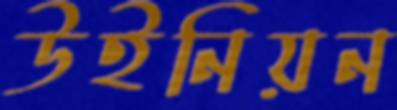
উইনিয়ন